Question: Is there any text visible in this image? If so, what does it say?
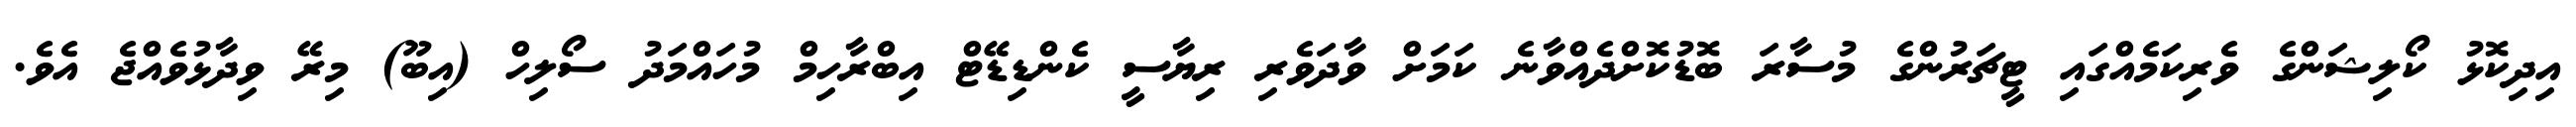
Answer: އިދިކޮޅު ކޯލިޝަންގެ ވެރިކަމެއްގައި ޓީޗަރުންގެ މުސާރަ ބޮޑުކޮށްދެއްވާނެ ކަމަށް ވާދަވެރި ރިޔާސީ ކެންޑިޑޭޓް އިބްރާހިމް މުހައްމަދު ސޯލިހް (އިބޫ) މިރޭ ވިދާޅުވެއްޖެ އެވެ.